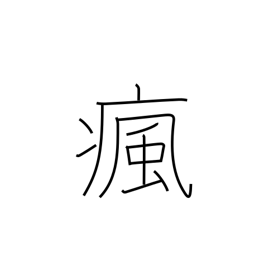
Meaning: headache